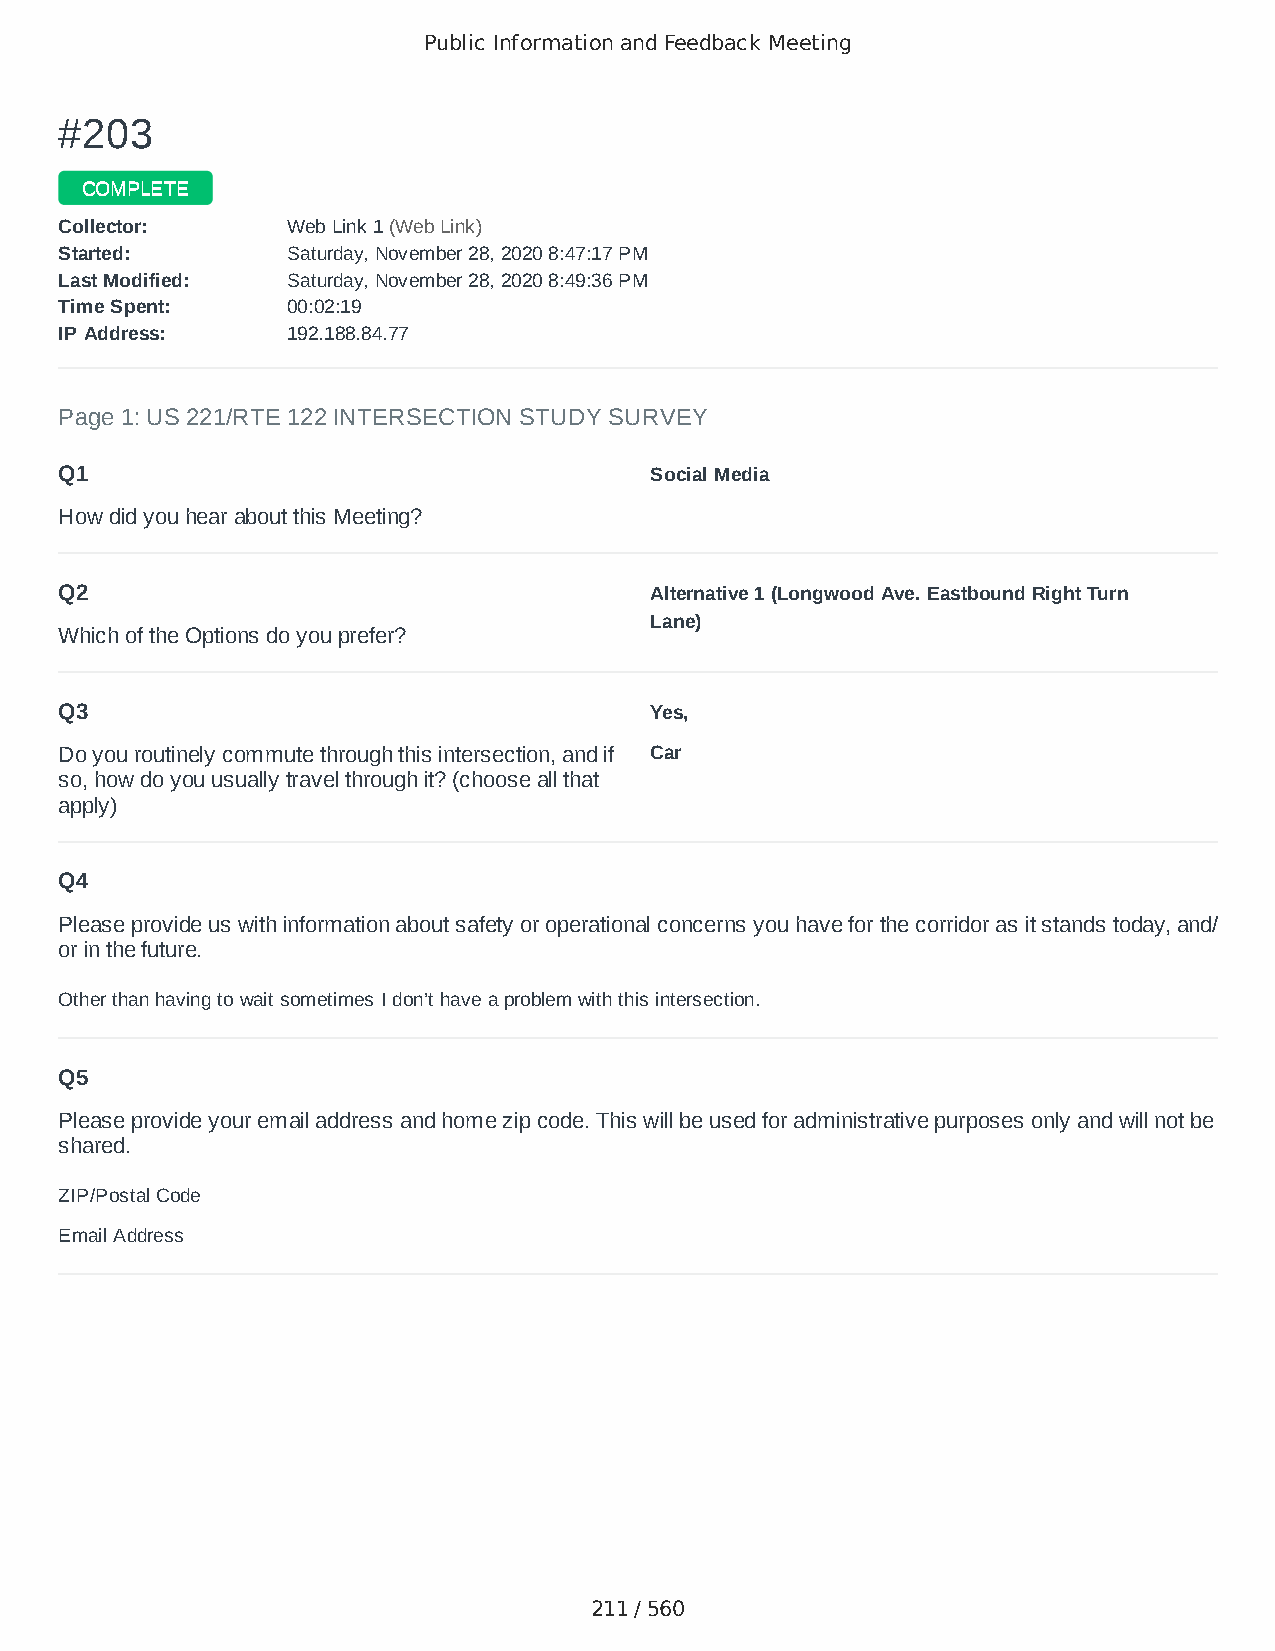
Public Information and Feedback Meeting
 ##220033
 CCOOMMPPLLEETTEE
 CCoolllleeccttoorr:: WWeebb LLiinnkk 11 ((WWeebb LLiinnkk))
 SSttaarrtteedd:: SSaattuurrddaayy,, NNoovveemmbbeerr 2288,, 22002200 88::4477::1177 PPMM
 LLaasstt MMooddiiffiieedd:: SSaattuurrddaayy,, NNoovveemmbbeerr 2288,, 22002200 88::4499::3366 PPMM
 TTiimmee SSppeenntt:: 0000::0022::1199
 IIPP AAddddrreessss:: 119922..118888..8844..7777
 Page 1: US 221/RTE 122 INTERSECTION STUDY SURVEY
 Q1                                     Social Media
 How did you hear about this Meeting?
 Q2                                     Alternative 1 (Longwood Ave. Eastbound Right Turn
 Lane)
 Which of the Options do you prefer?
 Q3                                     Yes,
 Do you routinely commute through this intersection, and if Car
 so, how do you usually travel through it? (choose all that
 apply)
 Q4
 Please provide us with information about safety or operational concerns you have for the corridor as it stands today, and/
 or in the future.
 Other than having to wait sometimes I don’t have a problem with this intersection.
 Q5
 Please provide your email address and home zip code. This will be used for administrative purposes only and will not be
 shared.
 ZIP/Postal Code                        24104
 Email Address                          flybyhorse@aol.com
 211 / 560